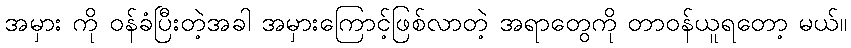
အမှား ကို ဝန်ခံပြီးတဲ့အခါ အမှားကြောင့်ဖြစ်လာတဲ့ အရာတွေကို တာဝန်ယူရတော့ မယ်။